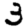
Digit: 3